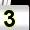
Digit: 3